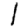
Digit: 1